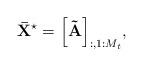
\begin{align*} {{\bf{\bar X}}^{\star}} = {\left[ {{\bf{\tilde A}}} \right]_{:,1:{M_t}}}, \end{align*}